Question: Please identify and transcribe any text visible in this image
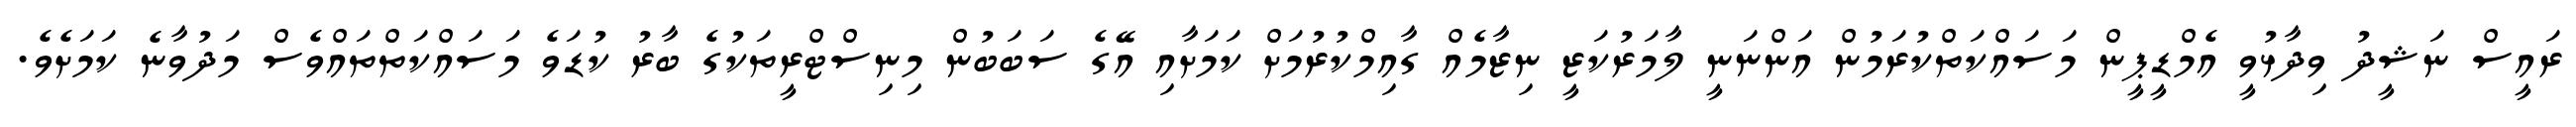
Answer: ރައީސް ނަޝީދު ވިދާޅުވީ އެމްޑީޕީން މަސައްކަތްކުރަމުން އަންނަނީ ލާމަރުކަޒީ ނިޒާމެއް ގާއިމްކުރުމަށް ކަމަށާއި އޭގެ ސަބަބުން މިނިސްޓްރީތަކުގެ ބާރު ކުޑަވެ މަސައްކަތްތައްވެސް މަދުވާނެ ކަމަށެވެ.